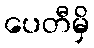
ပေတီမှိ